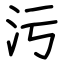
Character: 污